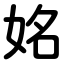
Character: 姳